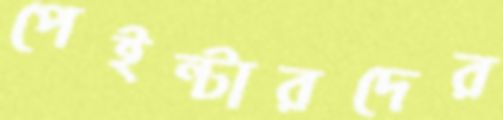
পেইন্টারদের